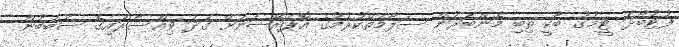
ފުޓުބޯޅަ ޓީމުގު ބާކީ ތިބި މެންބަރުން ސަލާމަތްކުރުމުގެ އޮޕަރޭޝަނަށް ގަދަ ވިއްސާރައިގެ ސަބަބުން